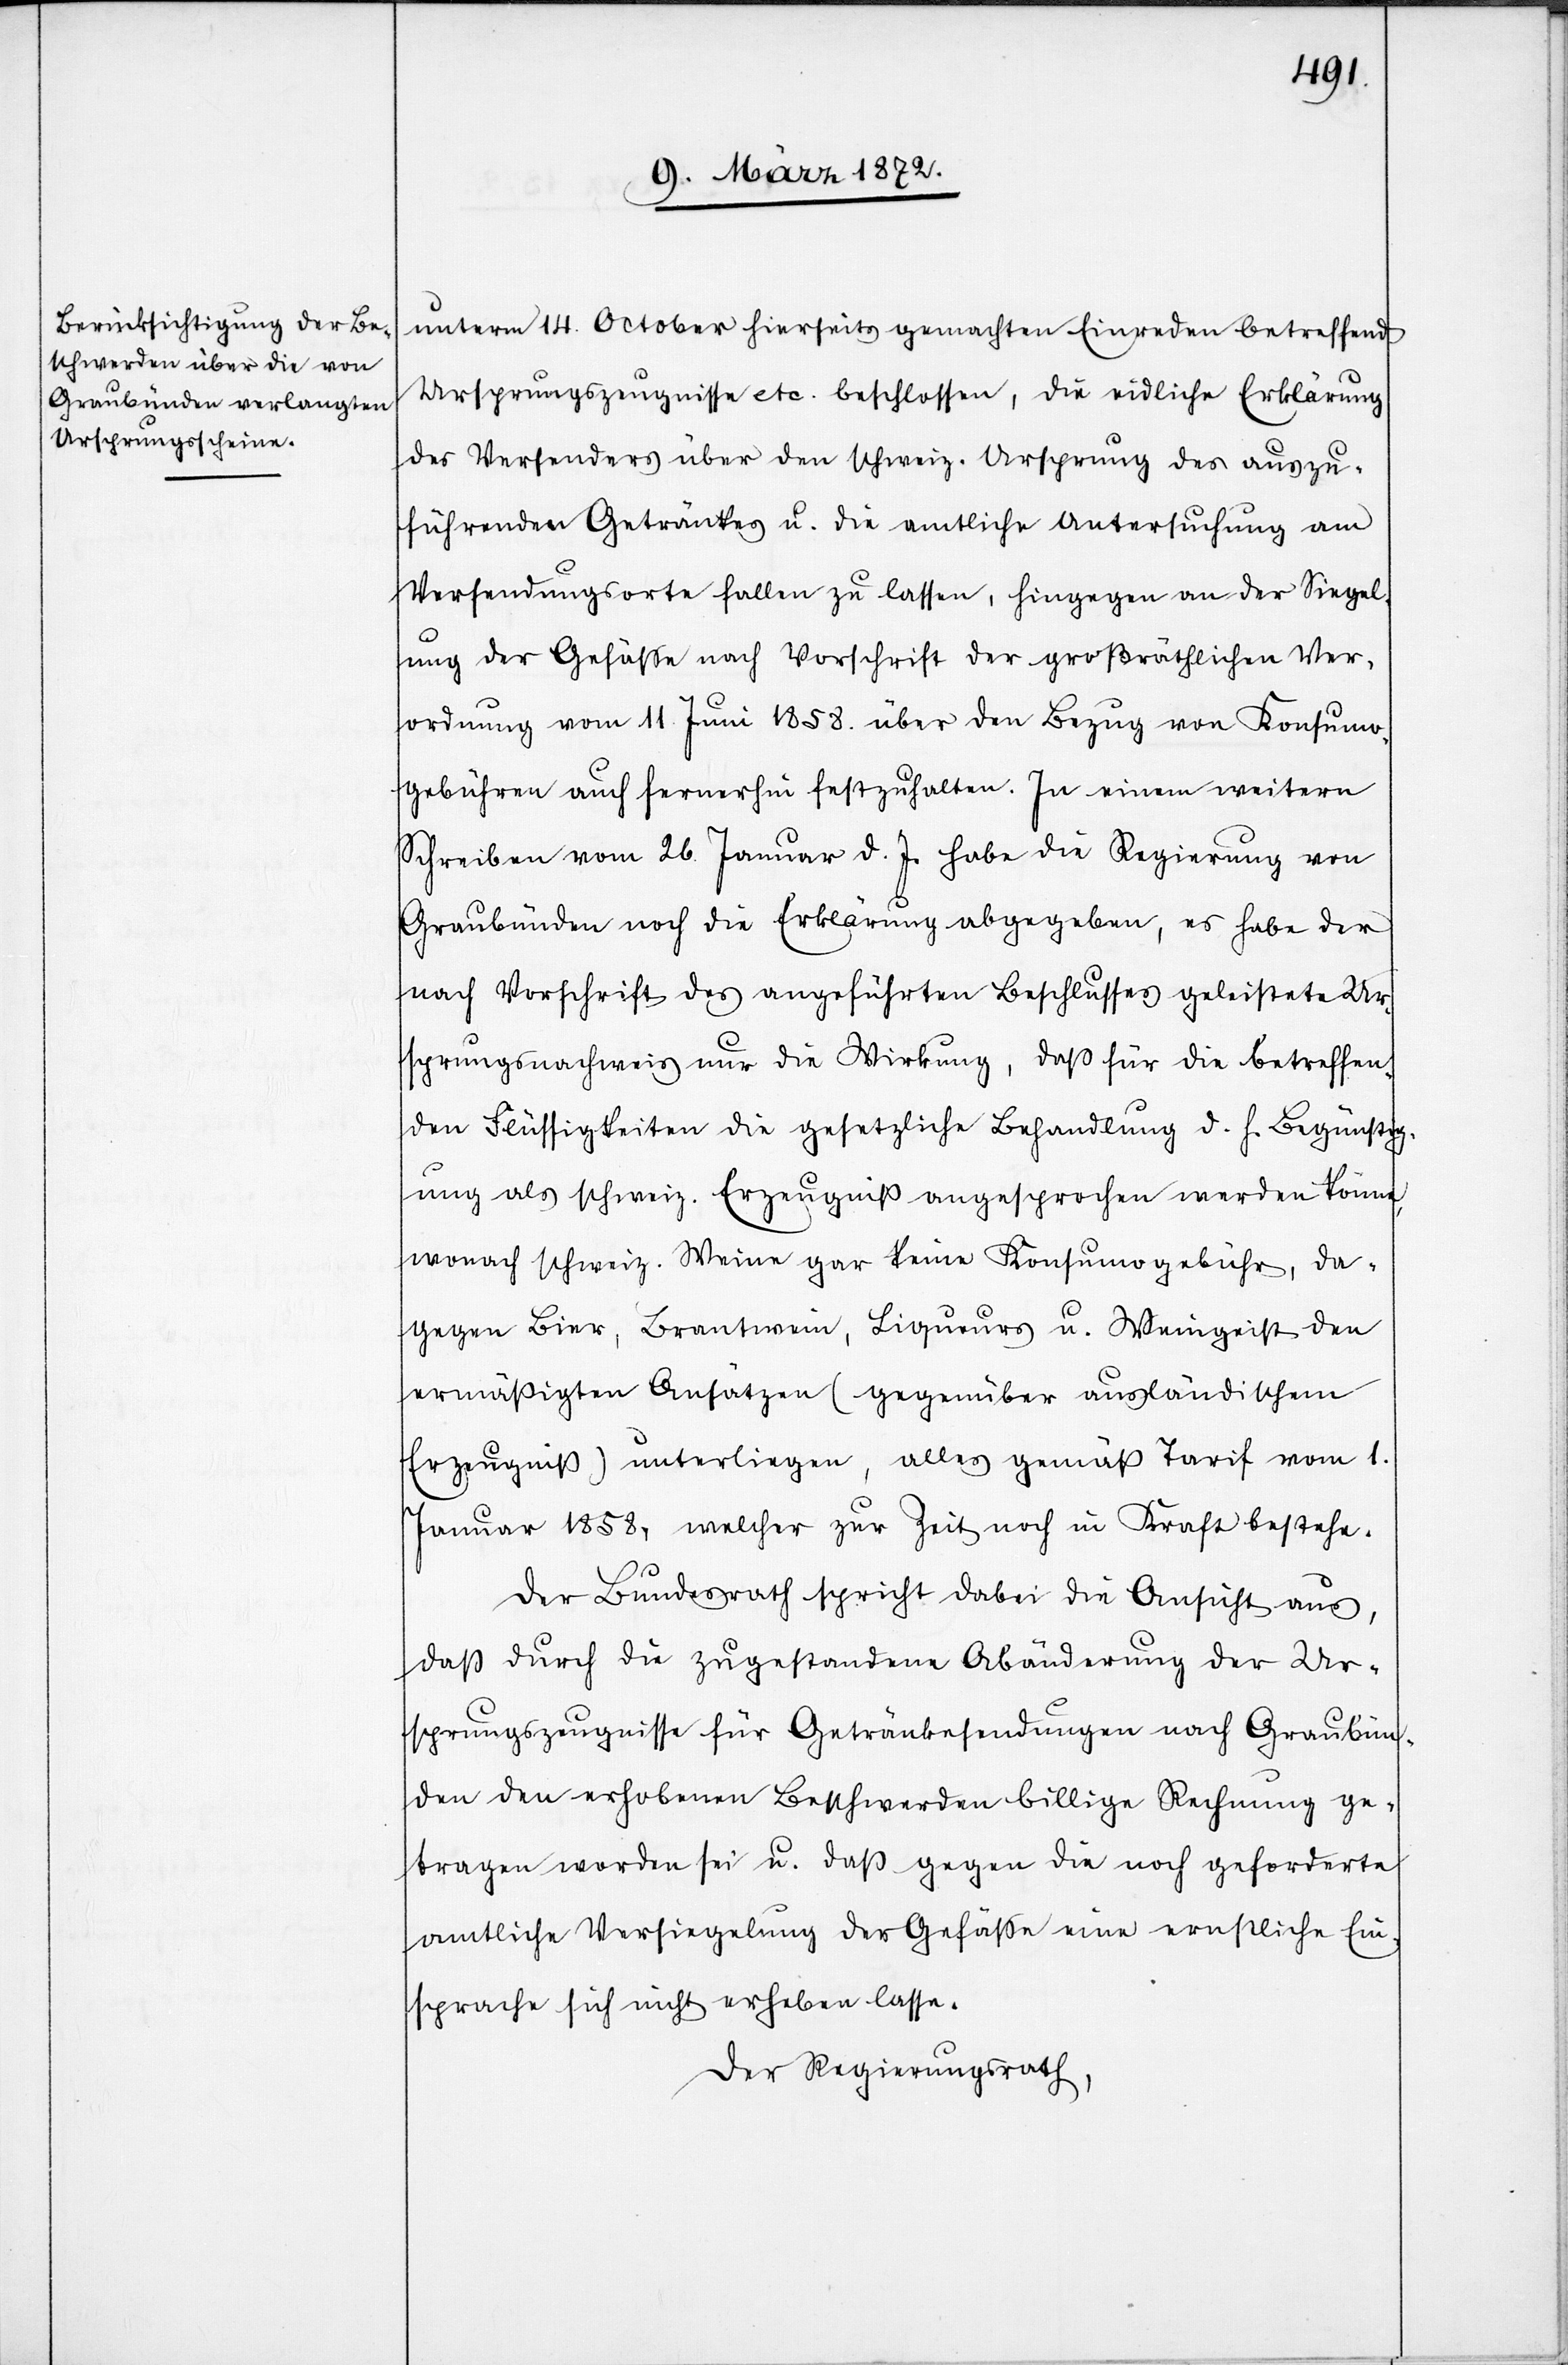
unterm 14. October hierseits gemachten Einreden betreffend
Ursprungszeugnisse etc. beschlossen, die eidliche Erklärung
des Versenders über den schweiz. Ursprung des auszu¬
führenden Getränkes u. die amtliche Untersuchung am
Versendungsorte fallen zu lassen, hingegen an der Siegel¬
ung der Gefässe nach Vorschrift der großräthlichen Ver¬
ordnung vom 11. Juni 1858. über den Bezug von Konsumo¬
gebühren auch fernerhin festzuhalten. In einem weitern
Schreiben vom 26. Januar d. J. habe die Regierung von
Graubünden noch die Erklärung abgegeben, es habe der
nach Vorschrift des angeführten Beschlusses geleistete Ur¬
sprungsnachweis nur die Wirkung, daß für die betreffen¬
den Flüssigkeiten die gesetzliche Behandlung d. h. Begünstig¬
ung als schweiz. Erzeugniß angesprochen werden könne,
wonach schweiz. Weine gar keine Konsumogebühr, da¬
gegen Bier, Brantwein, Liqueurs u. Weingeist den
ermäßigten Ansätzen (gegenüber ausländischem
Erzeugniß) unterliegen, alles gemäß Tarif vom 1.
Januar 1858, welcher zur Zeit noch in Kraft bestehe.
Der Bundesrath spricht dabei die Ansicht aus,
daß durch die zugestandene Abänderung der Ur¬
sprungszeugnisse für Getränkesendungen nach Graubün¬
den den erhobenen Beschwerden billige Rechnung ge¬
tragen worden sei u. daß gegen die noch geforderte
amtliche Versiegelung der Gefässe eine ernstliche Ein¬
sprach sich nicht erheben lasse.
Der Regierungsrath,